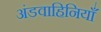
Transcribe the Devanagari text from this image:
अंडवाहिनियाँ